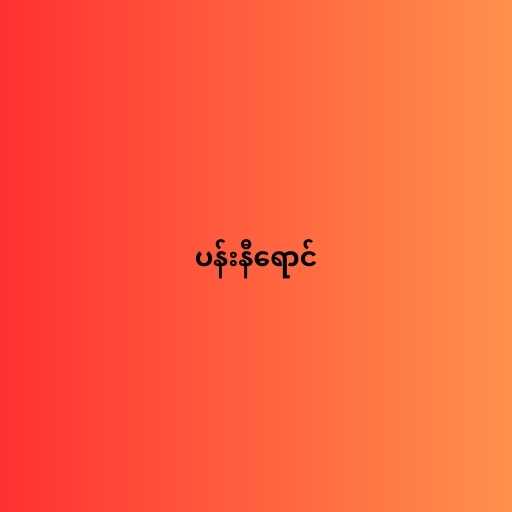
ပန်းနီရောင်